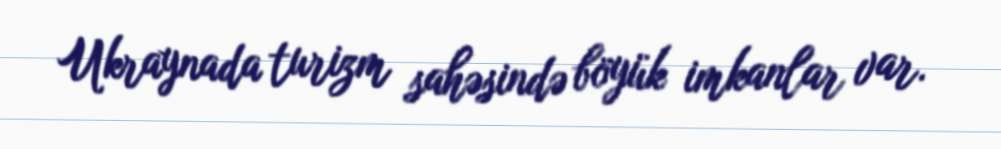
Ukraynada turizm sahəsində böyük imkanlar var.